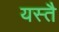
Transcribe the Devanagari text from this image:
यस्तै